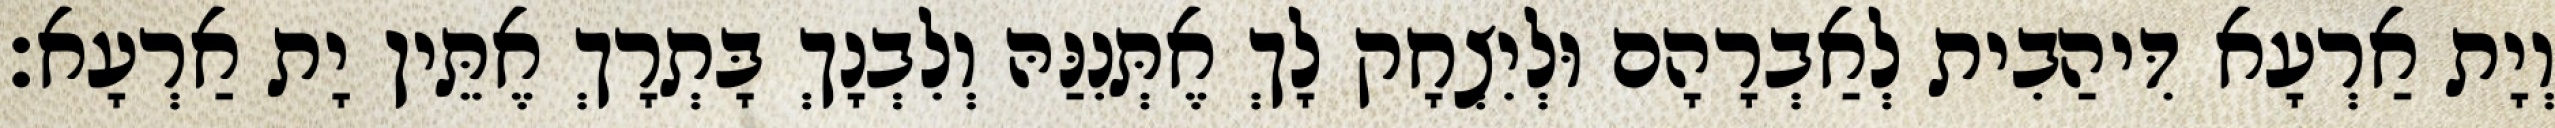
וְיָת אַרְעָא דִּיהַבִית לְאַבְרָהָם וּלְיִצְחָק לָךְ אֶתְּנִנַּהּ וְלִבְנָךְ בָּתְרָךְ אֶתֵּין יָת אַרְעָא׃